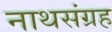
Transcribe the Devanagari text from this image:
नाथसंग्रह